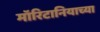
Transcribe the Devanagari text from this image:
मॉरिटानियाच्या